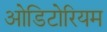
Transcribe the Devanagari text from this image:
ओडिटोरियम